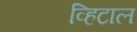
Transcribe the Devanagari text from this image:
व्हिटाल